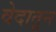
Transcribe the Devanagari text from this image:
वेदातून